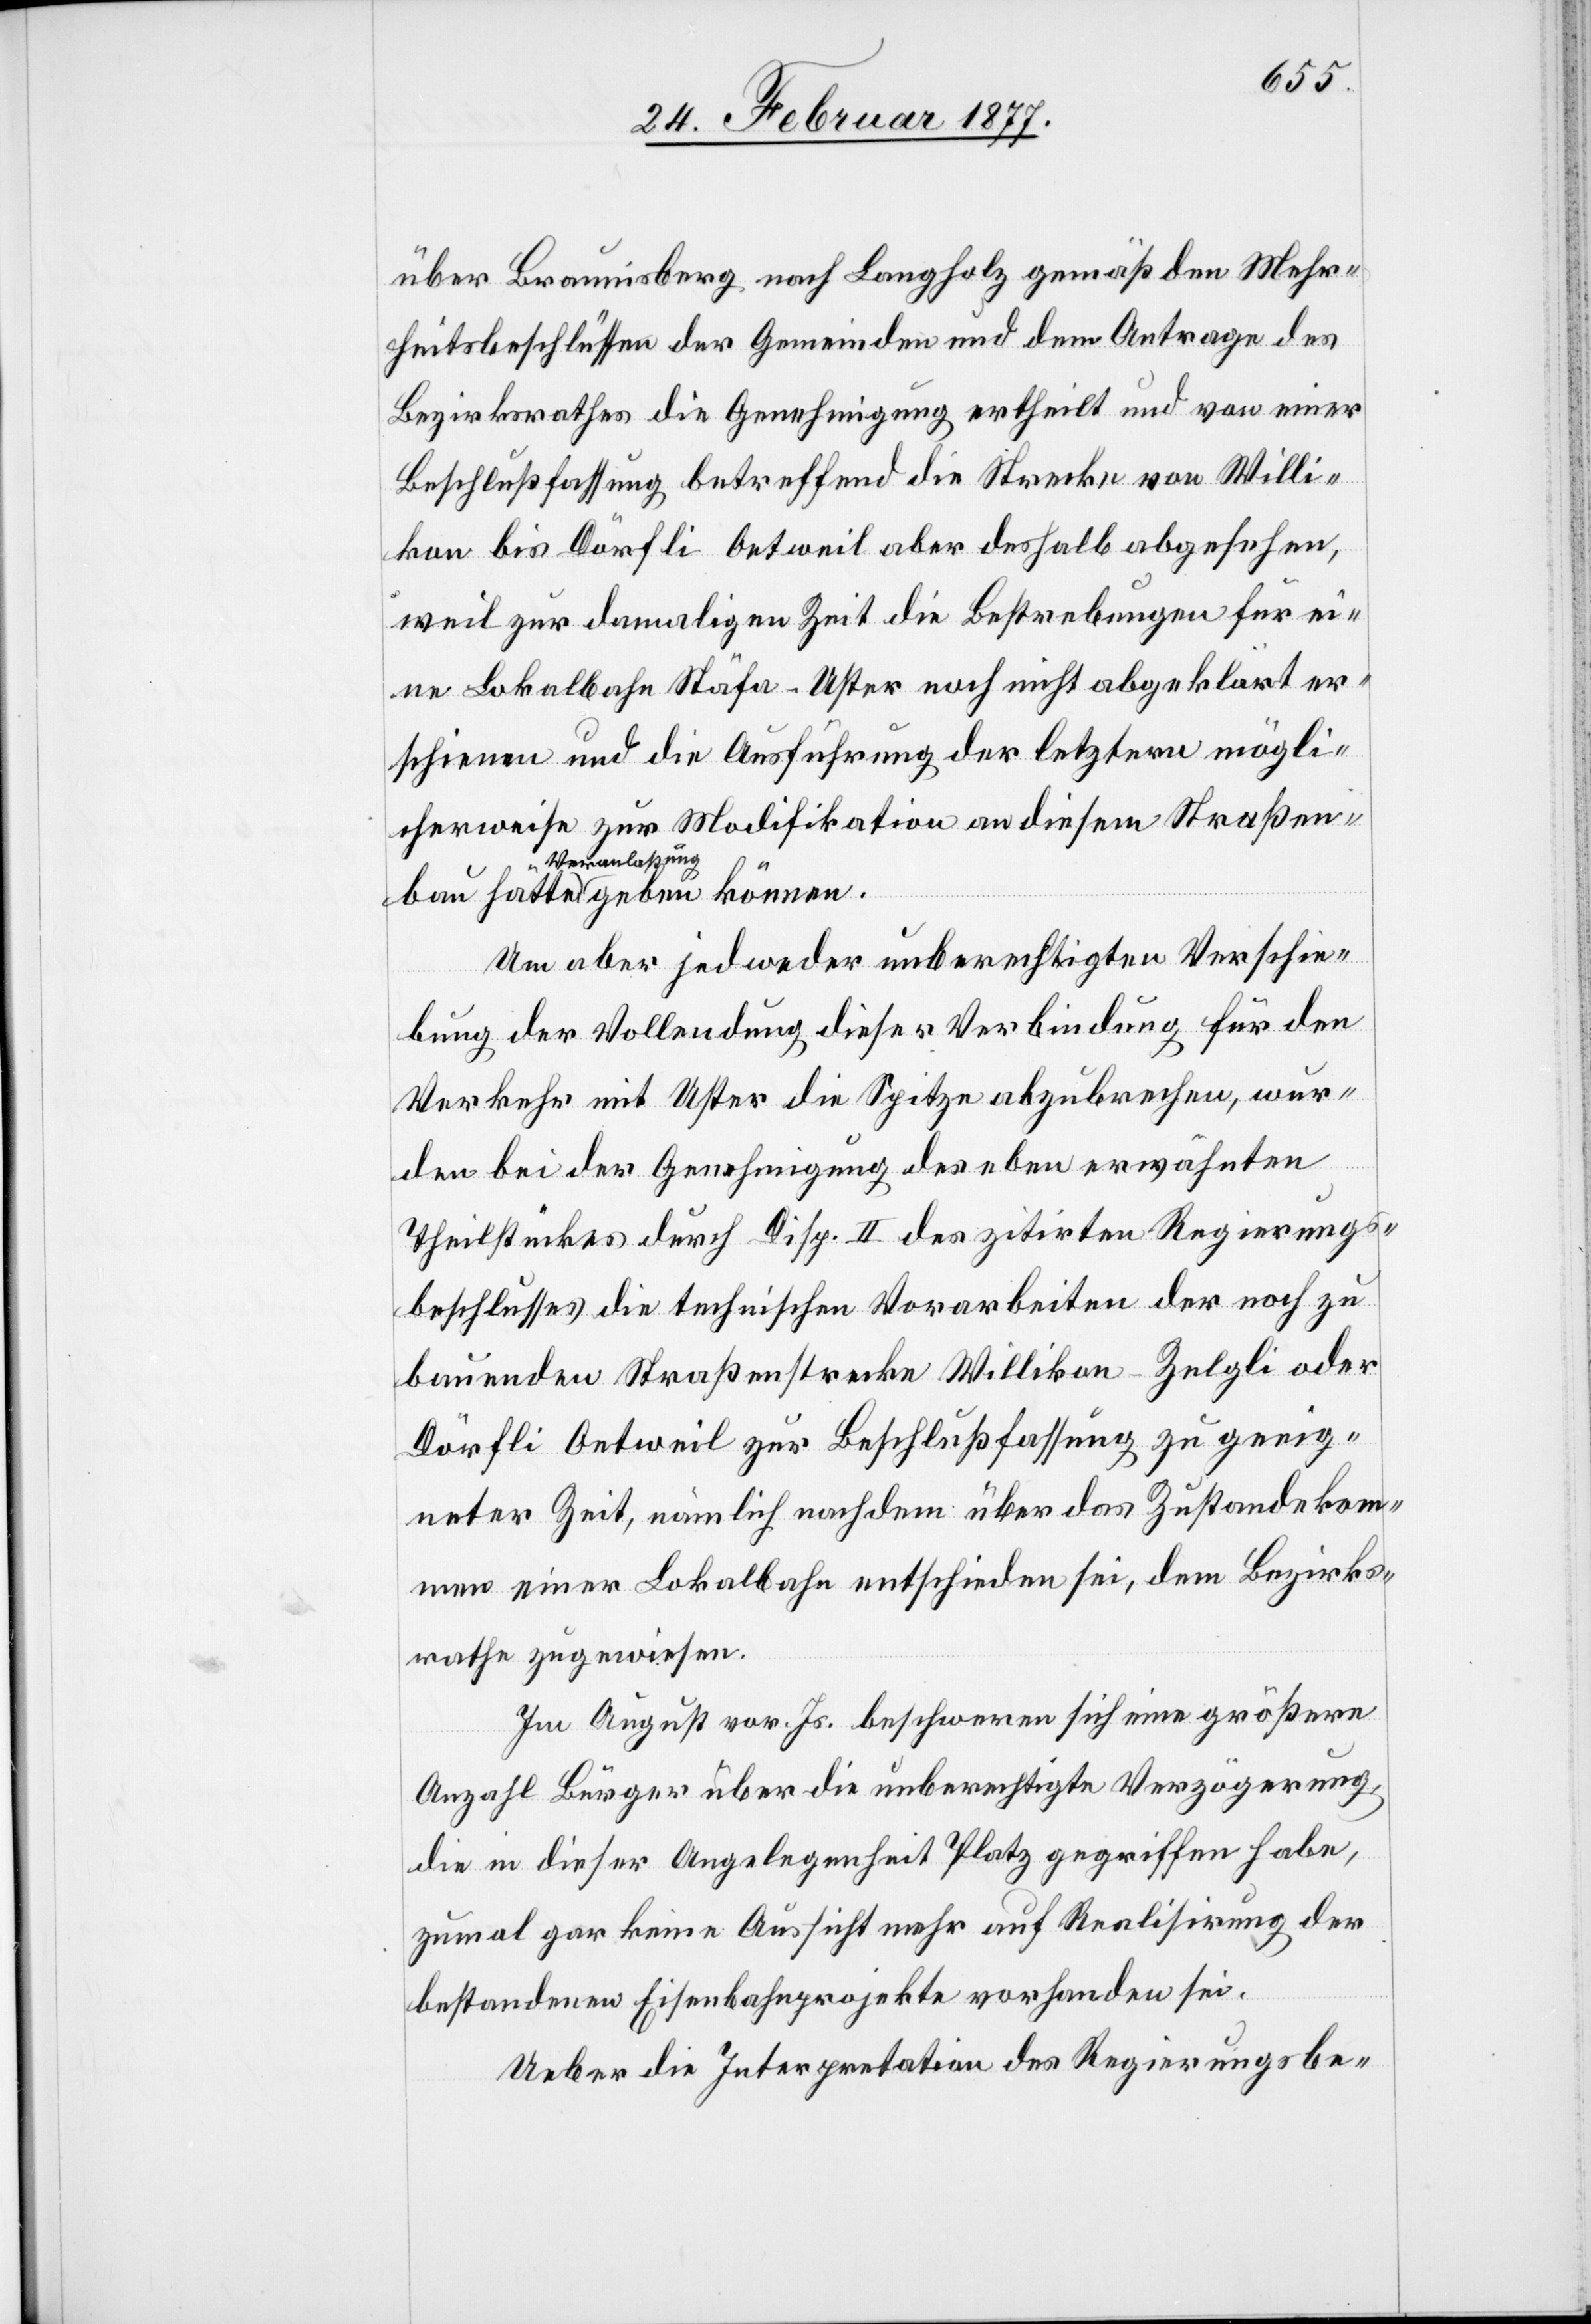
bau
über Braunisberg nach Langholz gemäß den Mehr¬
heitsbeschlüssen der Gemeinden und dem Antrage des
Bezirksrathes die Genehmigung ertheilt und von einer
Beschlußfassung betreffend die Strecke von Willi¬
kon bis Dörfli Oetweil aber deshalb abgesehen,
weil zur damaligen Zeit die Bestrebungen für ei¬
ne Lokalbahn Stäfa–Uster noch nicht abgeklärt er¬
schienen und die Ausführung der letztern mögli¬
cherweise zur Modifikation an diesem Straßen¬
Veranlassung
Um aber jedweder unberechtigten Verschie¬
bung der Vollendung dieser Verbindung für den
Verkehr mit Uster die Spitze abzubrechen, wur¬
den bei der Genehmigung des eben erwähnten
Theilstückes durch Disp. II des zitirten Regierungs¬
beschlusses die technischen Vorarbeiten der noch zu
bauenden Straßenstrecke Willikon–Zelgli oder
Dörfli Oetweil zur Beschlußfassung zu geeig¬
neter Zeit, nämlich nachdem über das Zustandekom¬
men einer Lokalbahn entschieden sei, dem Bezirks¬
rathe zugewiesen.
Im August vor. Js. beschweren sich eine größere
Anzahl Bürger über die unberechtigte Verzögerung,
die in dieser Angelegenheit Platz gegriffen habe,
zumal gar keine Aussicht mehr auf Realisirung der
bestandenen Eisenbahnprojekte vorhanden sei.
Ueber die Interpretation des Regierungsbe-